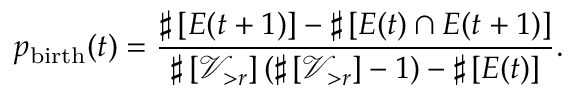
p _ { \mathrm { b i r t h } } ( t ) = \frac { \sharp \left[ { E ( t + 1 ) } \right] - \sharp \left[ { E ( t ) \cap E ( t + 1 ) } \right] } { \sharp \left[ \mathscr { V } _ { > r } \right] ( \sharp \left[ \mathscr { V } _ { > r } \right] - 1 ) - \sharp \left[ { E ( t ) } \right] } .